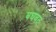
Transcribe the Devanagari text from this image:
बघवत